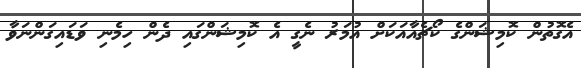
އެގޮތުން ކޮމިޝަންގެ ކޯޗެއާއަކަށް އުމަރު ނެގީ އެ ކޮމިޝަންގައި ދެން ހިމެނި ވަޑައިގަންނަވާ